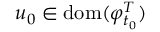
u _ { 0 } \in \mathrm { d o m } ( \varphi _ { t _ { 0 } } ^ { T } )